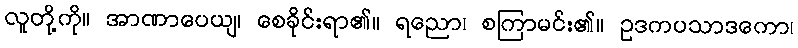
လူတို့ကို။ အာဏာပေယျ၊ စေခိုင်းရာ၏။ ရညော၊ စကြာမင်း၏။ ဥဒကပသာဒကော၊